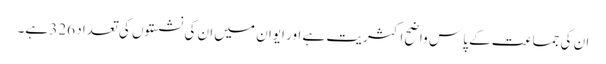
ان کی جماعت کے پاس واضح اکثریت ہے اور ایوان میں ان کی نشستوں کی تعداد 326 ہے۔